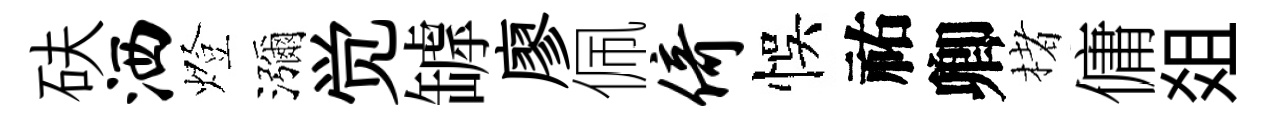
砆洒燈瀰觉罅廖佩倚悞祐卿楮傭爼